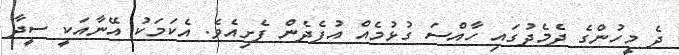
ދެ މީހުންގެ ދެމެދުގައި ހާއްސަ ގުޅުމެއް އުފެދެން ފެށިއެވެ. އެކަމަކު އޭނާއަކީ ސީދާ